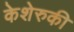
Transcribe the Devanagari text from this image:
केशेरुकी